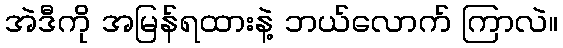
အဲဒီကို အမြန်ရထားနဲ့ ဘယ်လောက် ကြာလဲ။